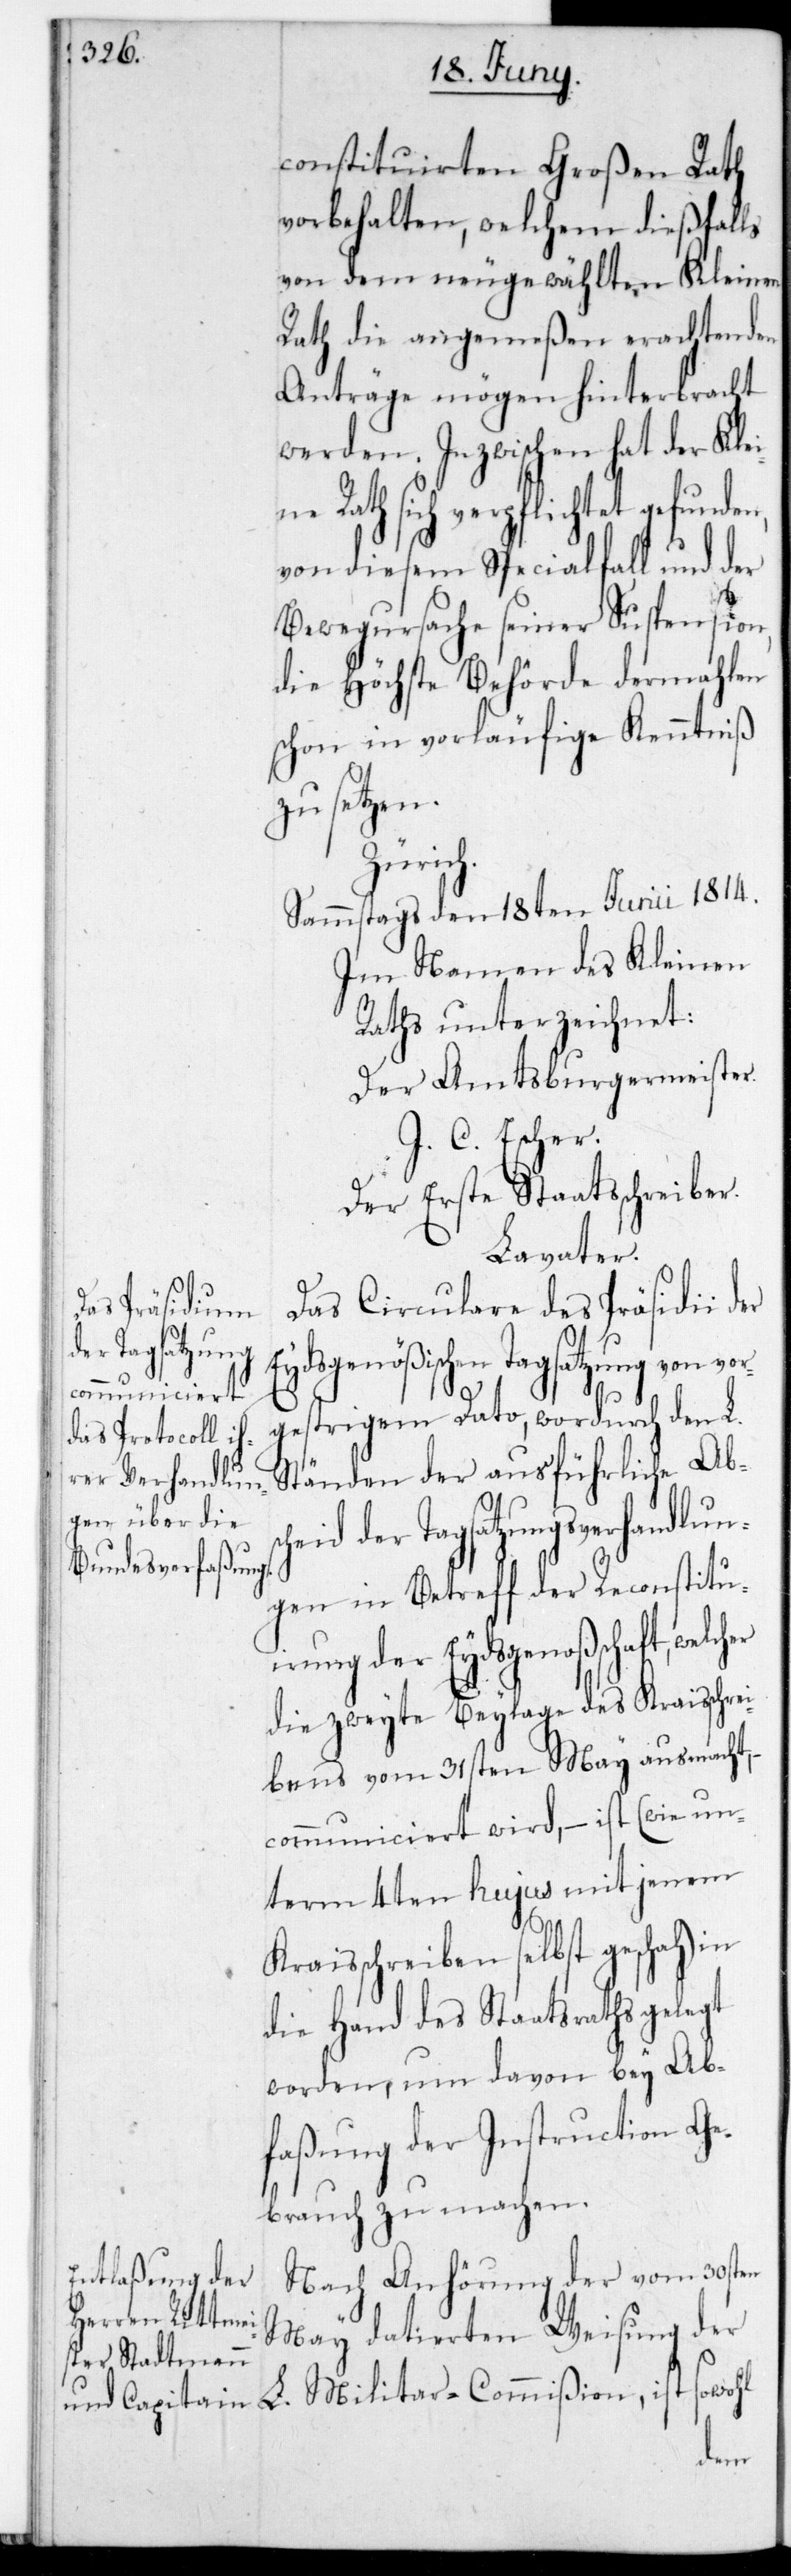
constituierten Großen Rath
vorbehalten, welchem dießfalls
von dem neugewählten Kleinen
Rath die angemeßen erachtenden
Anträge mögen hinterbracht
werden. Inzwischen hat der Kle¬
Rath sich verpflichtet gefunde¬
von diesem Spezialfall und der
Bewegursache seiner Suspension,
die Höchste Behörde dermahlen
schon in vorläufige Kenntniß
zu setzen.
Zürich.
Sammstags den 18ten Junii 1814.
Im Namen des Kleinen
Raths unterzeichnet:
Der Amtsburgermeister.
J. C. Escher.
Der Erste Staatsschreiber.
Lavater.
Das Circulare des Präsidii der
der Tagsatzung¬
Eydsgenößischen Tagsatzung von vor¬
n,
gestrigem Dato, wordurch den L.
ist sowohl
Ständen der ausführliche Ab¬
s-Verhandlun¬
gen in Betreff der Reconstitui¬
erung der Eydsgenoßenschaft,
die zweyte Beylage des Kreisschre¬
ibens vom 31sten May ausmacht,
communiciert wird, – ist (wie un¬
term 4ten hujus mit jenem
Kraisschreiben selbst geschah) in
die Hand des Staatsraths gelegt
worden, um davon bey Ab¬
faßung der Instruction Ge¬
brauch zu machen.
Nach Anhörung der vom 30sten
May datierten Weisung der
ine